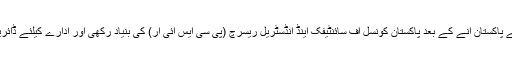
ڈاکٹر سلیم الزماں صدیقی مرحوم نے پاکستان آنے کے بعد پاکستان کونسل آف سائنٹیفک اینڈ انڈسٹریل ریسرچ (پی سی ایس آئی آر) کی بنیاد رکھی اور ادارے کیلئے ڈائریکٹر کی حیثیت سے کام شروع کیا۔